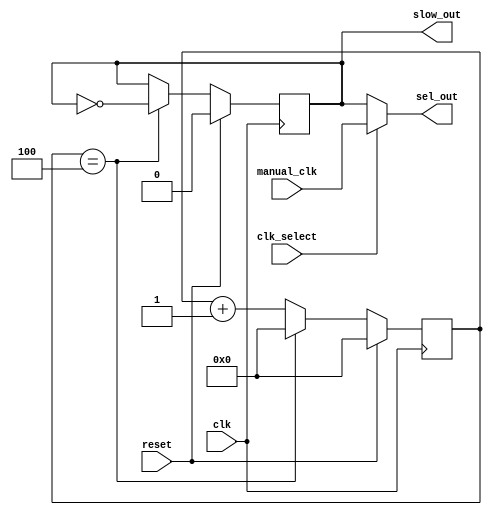
module clock_generator (

input clk,
input reset,
input manual_clk,
input clk_select,
output sel_out,
output slow_out
);

reg [7:0] counter;
reg slow_clk;

assign sel_out = (clk_select) ? manual_clk : slow_clk;
assign slow_out = slow_clk;

// counter size calculation according to input and output frequencies
parameter incoming_clk = 50000000;  // 50 MHz system clock
parameter slow = 5000000;  // 1 MHz clock output
parameter half_div = incoming_clk / (2*slow); // max-counter size

initial begin
	counter = 0;
	slow_clk = 0;
end

always@(negedge clk) begin
	if (reset) begin
		counter <= 0;
		slow_clk <= 0;
	end else begin
	  if (counter == half_div - 1)
	    begin
	    counter <= 0;
	    slow_clk <= ~slow_clk;
	    end
	  else
	    begin
	    counter <= counter + 1'd1;
	    end
	  end
	end
endmodule